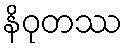
နိဝုတဿ